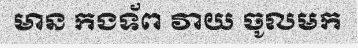
មាន កងទ័ព វាយ ចូលមក